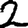
Digit: 2